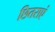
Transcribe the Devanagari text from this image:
छितराएं